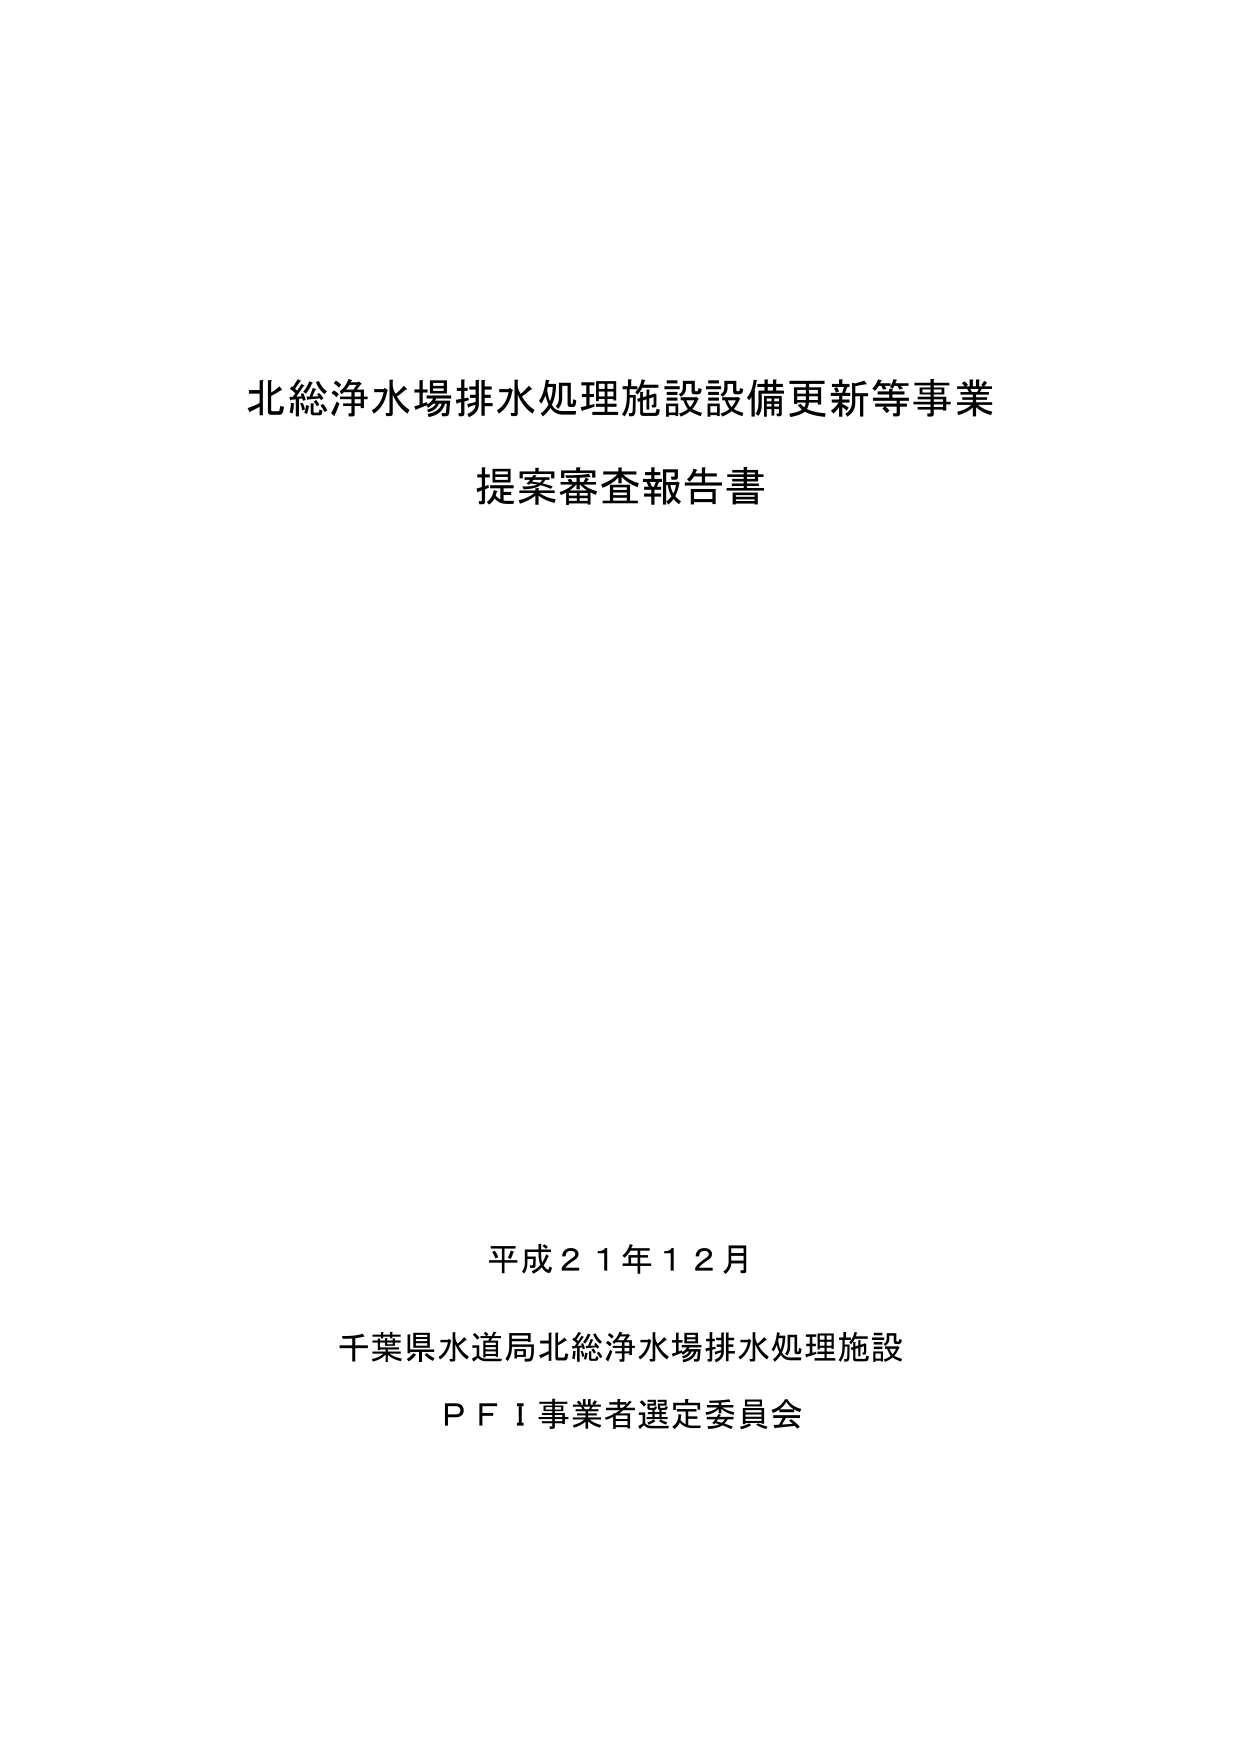
北総浄水場排水処理施設設備更新等事業
提案審査報告書

平成２１年１２月
千葉県水道局北総浄水場排水処理施設
ＰＦＩ事業者選定委員会